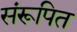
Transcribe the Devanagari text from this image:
संरूपित